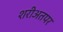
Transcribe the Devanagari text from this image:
शरीअतपर